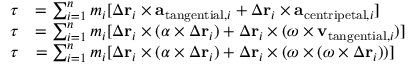
{ \begin{array} { r l } { { \boldsymbol { \tau } } } & { = \sum _ { i = 1 } ^ { n } m _ { i } [ \Delta \mathbf { r } _ { i } \times \mathbf { a } _ { { \mathrm { t a n g e n t i a l } } , i } + \Delta \mathbf { r } _ { i } \times \mathbf { a } _ { { \mathrm { c e n t r i p e t a l } } , i } ] } \\ { { \boldsymbol { \tau } } } & { = \sum _ { i = 1 } ^ { n } m _ { i } [ \Delta \mathbf { r } _ { i } \times ( { \boldsymbol { \alpha } } \times \Delta \mathbf { r } _ { i } ) + \Delta \mathbf { r } _ { i } \times ( { \boldsymbol { \omega } } \times \mathbf { v } _ { { \mathrm { t a n g e n t i a l } } , i } ) ] } \\ { { \boldsymbol { \tau } } } & { = \sum _ { i = 1 } ^ { n } m _ { i } [ \Delta \mathbf { r } _ { i } \times ( { \boldsymbol { \alpha } } \times \Delta \mathbf { r } _ { i } ) + \Delta \mathbf { r } _ { i } \times ( { \boldsymbol { \omega } } \times ( { \boldsymbol { \omega } } \times \Delta \mathbf { r } _ { i } ) ) ] } \end{array} }